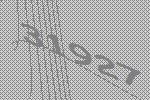
31927